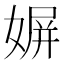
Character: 𡟛